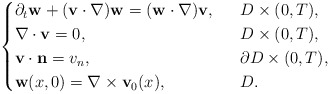
\begin{align*}\begin{cases}\partial_t\mathbf{w}+(\mathbf{v}\cdot \nabla)\mathbf{w}=(\mathbf{w}\cdot \nabla)\mathbf{v},\ \ &D\times (0,T),\\\nabla\cdot \mathbf{v}=0,\ \ &D\times (0,T),\\\mathbf{v}\cdot \mathbf{n}=v_n,\ \ &\partial D\times (0,T),\\\mathbf{w}(x, 0)=\nabla\times \mathbf{v}_0(x), \ \ &D.\end{cases}\end{align*}